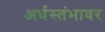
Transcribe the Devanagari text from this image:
अर्धस्तंभावर